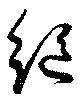
絶